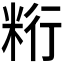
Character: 𰪺